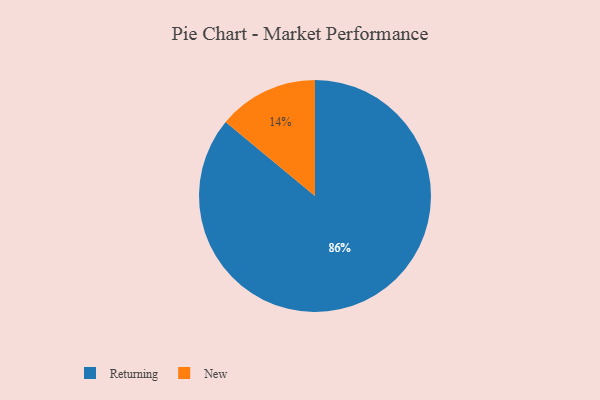
{"axis": {"x": "Category", "y": "Percentage"}, "legend": ["New", "Returning"], "data": [{"x": "New", "y": 14, "type": "New"}, {"x": "Returning", "y": 86, "type": "Returning"}]}